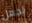
تجعل